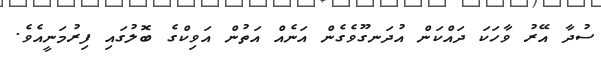
ސުދާ އޭރު ވާހަކަ ދައްކަން އުދަނގޫވެގެން އަނެއް އަތުން އަވިކްގެ ބޮލުގައި ފިރުމަނީއެވެ.